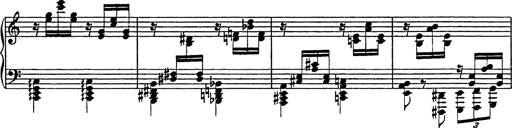
Title: Galop in A minor
Composer: Franz Liszt
Key: A minor